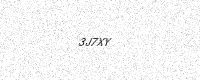
Text: 3J7XY